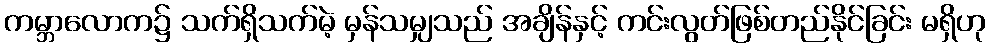
ကမ္ဘာလောက၌ သက်ရှိသက်မဲ့ မှန်သမျှသည် အချိန်နှင့် ကင်းလွတ်ဖြစ်တည်နိုင်ခြင်း မရှိဟု